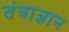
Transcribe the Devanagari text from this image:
तंत्राज्ञान